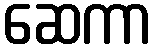
ဆေကာ